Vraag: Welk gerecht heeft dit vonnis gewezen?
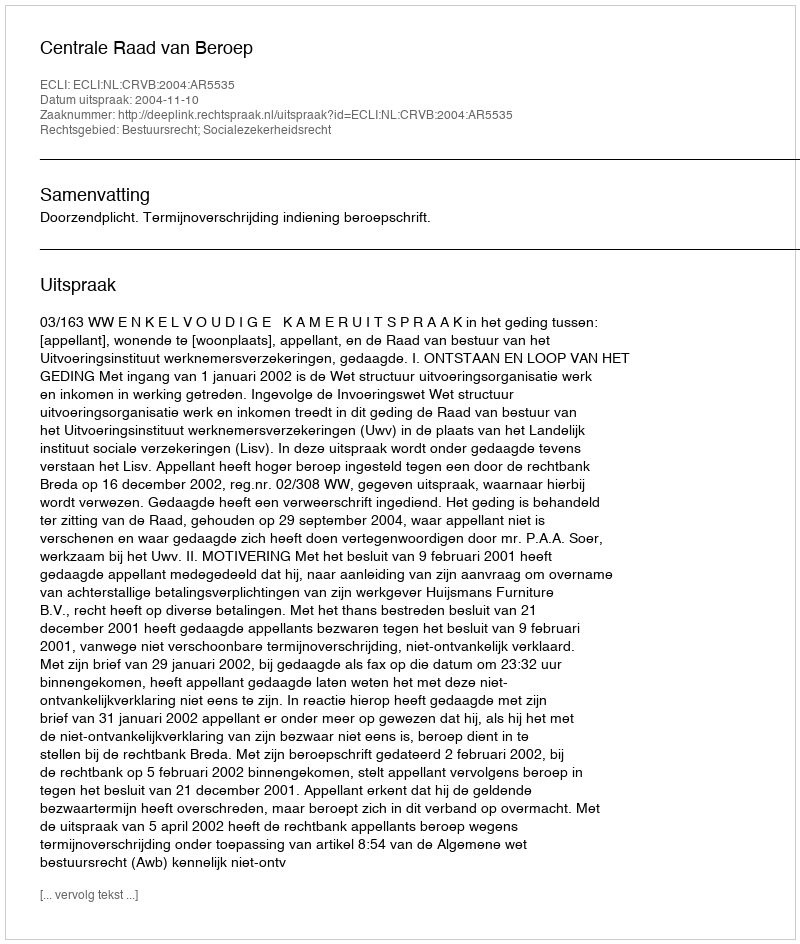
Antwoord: Centrale Raad van Beroep